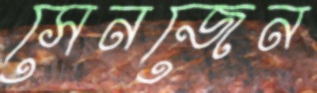
সেনজেন